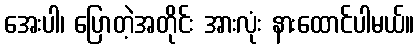
အေးပါ၊ ပြောတဲ့အတိုင်း အားလုံး နားထောင်ပါမယ်။